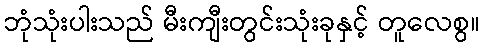
ဘုံသုံးပါးသည် မီးကျီးတွင်းသုံးခုနှင့် တူလေစွ။